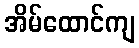
အိမ်ထောင်ကျ